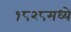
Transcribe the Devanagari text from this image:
१८२८मध्ये